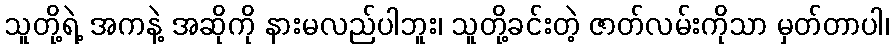
သူတို့ရဲ့ အကနဲ့ အဆိုကို နားမလည်ပါဘူး၊ သူတို့ခင်းတဲ့ ဇာတ်လမ်းကိုသာ မှတ်တာပါ၊